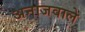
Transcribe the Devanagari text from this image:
अनाजवाले